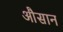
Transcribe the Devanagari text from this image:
औसान